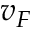
v _ { F }